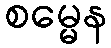
စမ္မေန